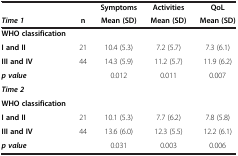
| <ROWSPAN=2> Time 1 | <ROWSPAN=2> n | Symptoms | Activities | QoL |
 | Mean (SD) | Mean (SD) | Mean (SD) |
 | --- | --- | --- | --- | --- |
 | WHO classification |  |  |  |  |
 | I and II | 21 | 10.4 (5.3) | 7.2 (5.7) | 7.3 (6.1) |
 | III and IV | 44 | 14.3 (5.9) | 11.2 (5.7) | 11.9 (6.2) |
 | p value |  | 0.012 | 0.011 | 0.007 |
 | Time 2 |  |  |  |  |
 | WHO classification |  |  |  |  |
 | I and II | 21 | 10.1 (5.3) | 7.7 (6.2) | 7.8 (5.8) |
 | III and IV | 44 | 13.6 (6.0) | 12.3 (5.5) | 12.2 (6.1) |
 | p value |  | 0.031 | 0.003 | 0.006 |